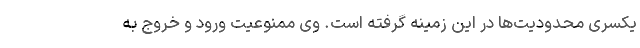
یکسری محدودیت‌ها در این زمینه گرفته است. وی ممنوعیت ورود و خروج به